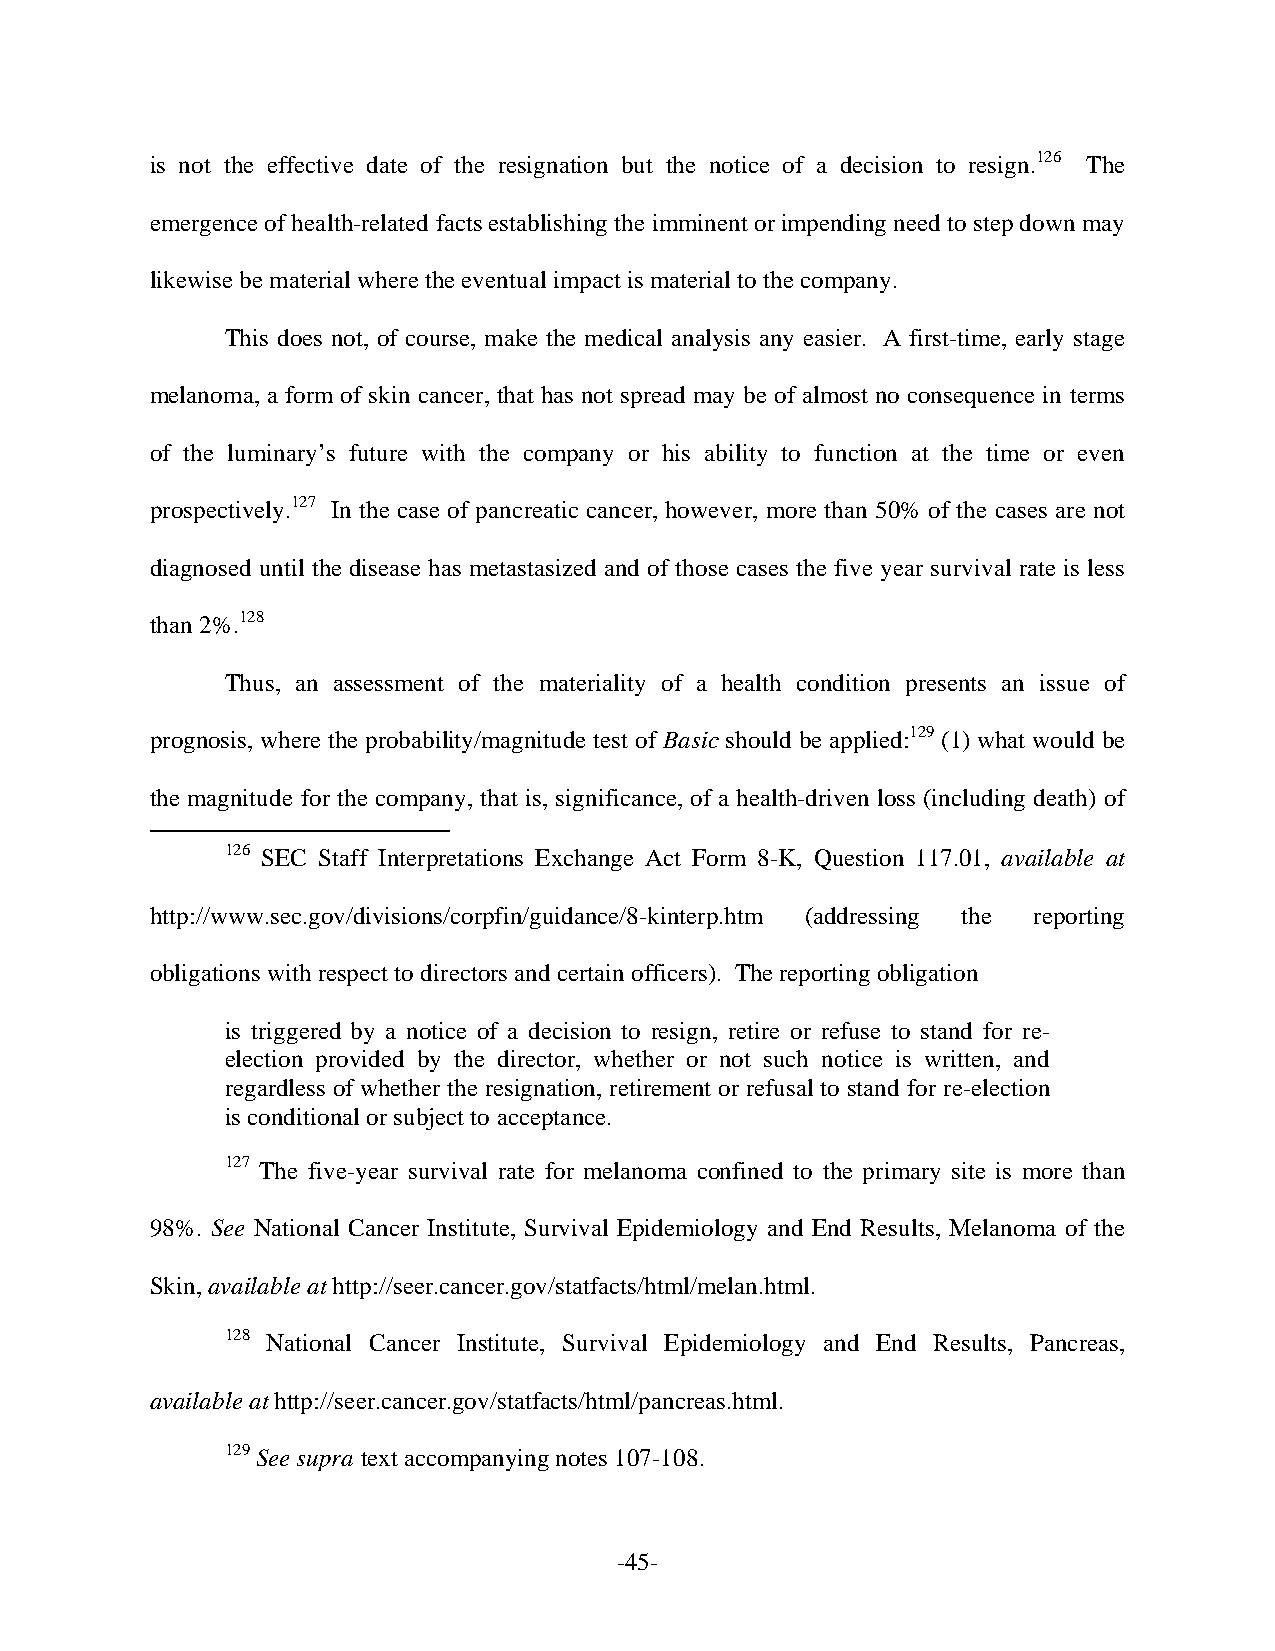
is not the effective date of the resignation but the notice of a decision to resign.126 The
 emergence of health-related facts establishing the imminent or impending need to step down may
 likewise be material where the eventual impact is material to the company.
 This does not, of course, make the medical analysis any easier. A first-time, early stage
 melanoma, a form of skin cancer, that has not spread may be of almost no consequence in terms
 of the luminary’s future with the company or his ability to function at the time or even
 prospectively.127 In the case of pancreatic cancer, however, more than 50% of the cases are not
 diagnosed until the disease has metastasized and of those cases the five year survival rate is less
 than 2%.128
 Thus, an assessment of the materiality of a health condition presents an issue of
 prognosis, where the probability/magnitude test of Basic should be applied:129 (1) what would be
 the magnitude for the company, that is, significance, of a health-driven loss (including death) of
 126 SEC Staff Interpretations Exchange Act Form 8-K, Question 117.01, available at
 http://www.sec.gov/divisions/corpfin/guidance/8-kinterp.htm (addressing the reporting
 obligations with respect to directors and certain officers). The reporting obligation
 is triggered by a notice of a decision to resign, retire or refuse to stand for re-
 election provided by the director, whether or not such notice is written, and
 regardless of whether the resignation, retirement or refusal to stand for re-election
 is conditional or subject to acceptance.
 127 The five-year survival rate for melanoma confined to the primary site is more than
 98%. See National Cancer Institute, Survival Epidemiology and End Results, Melanoma of the
 Skin, available at http://seer.cancer.gov/statfacts/html/melan.html.
 128 National Cancer Institute, Survival Epidemiology and End Results, Pancreas,
 available at http://seer.cancer.gov/statfacts/html/pancreas.html.
 129 See supra text accompanying notes 107-108.
 -45-